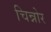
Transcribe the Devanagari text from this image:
चिन्नोर